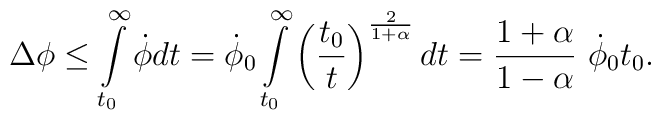
\Delta\phi \leq \int\limits_{t_0}^\infty \dot\phi dt = \dot\phi_0\int\limits_{t_0}^\infty \left({t_0\over t}\right)^{2\over 1+\alpha}dt = {1+\alpha\over 1-\alpha}~\dot\phi_0 t_0 .